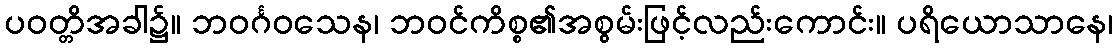
ပဝတ္တိအခါ၌။ ဘဝင်္ဂဝသေန၊ ဘဝင်ကိစ္စ၏အစွမ်းဖြင့်လည်းကောင်း။ ပရိယောသာနေ၊